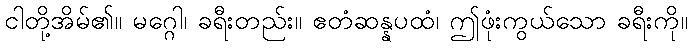
ငါတို့အိမ်၏။ မဂ္ဂေါ၊ ခရီးတည်း။ ဧတံဆန္နပထံ၊ ဤဖုံးကွယ်သော ခရီးကို။